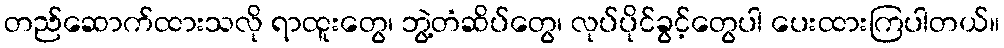
တည်ဆောက်ထားသလို ရာထူးတွေ၊ ဘွဲ့တံဆိပ်တွေ၊ လုပ်ပိုင်ခွင့်တွေပါ ပေးထားကြပါတယ်။